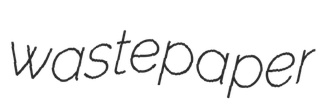
wastepaper